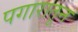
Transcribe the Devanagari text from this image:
पगारातून